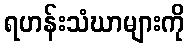
ရဟန်းသံဃာများကို